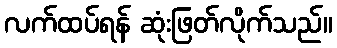
လက်ထပ်ရန် ဆုံးဖြတ်လိုက်သည်။